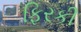
ફિરકી